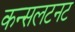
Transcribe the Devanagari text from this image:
कन्सलटनट